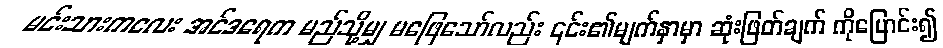
မင်းသားကလေး အင်ဒရေက မည်သို့မျှ မဖြေသော်လည်း ၎င်း၏မျက်နှာမှာ ဆုံးဖြတ်ချက် ကိုပြောင်း၍